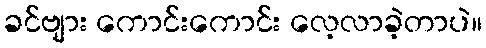
ခင်ဗျား ကောင်းကောင်း လေ့လာခဲ့တာပဲ။